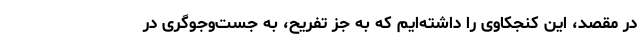
در مقصد، این کنجکاوی را داشته‌ایم که به جز تفریح، به جست‌وجوگری در